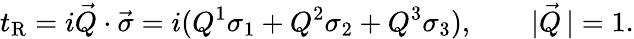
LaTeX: t_{\mathrm{R}}=i\vec{Q}\cdot\vec{\sigma}=i(Q^{1}\sigma_{1}+Q^{2}\sigma_{2}+Q^{3}\sigma_{3}),\qquad|\vec{Q}\, |=1.